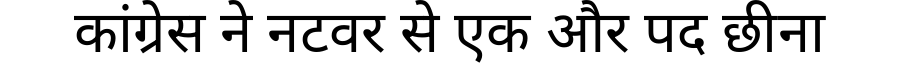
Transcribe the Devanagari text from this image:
कांग्रेस ने नटवर से एक और पद छीना